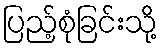
ပြည့်စုံခြင်းသို့